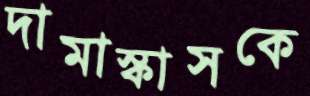
দামাস্কাসকে